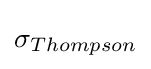
\sigma _{Thompson}